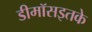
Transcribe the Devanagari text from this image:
डीमॉसइतके